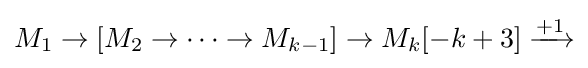
M_{1}\to [M_{2}\to \cdots \to M_{k-1}]\to M_{k}[-k+3]\xrightarrow {+1}